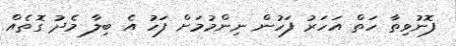
ފޮނުވިތާ ހަތް އަހަރު ފަހުން ނިންމުމަށް ފަހު އެ ބިލާ މެދު ގޮތެއް